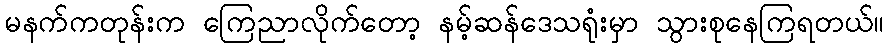
မနက်ကတုန်းက ကြေညာလိုက်တော့ နမ့်ဆန်ဒေသရုံးမှာ သွားစုနေကြရတယ်။